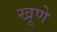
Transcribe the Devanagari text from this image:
खूणे